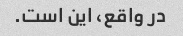
در واقع، این است.